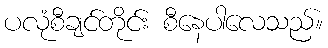
ပလုံစီချင်တိုင်း စီနေပါလေသည်။